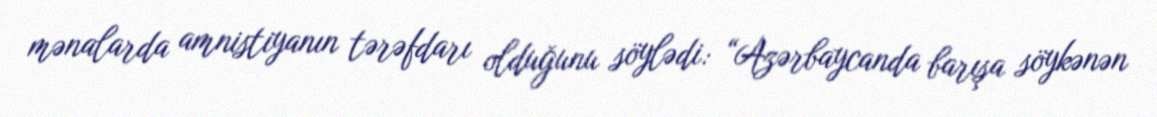
mənalarda amnistiyanın tərəfdarı olduğunu söylədi: “Azərbaycanda barışa söykənən